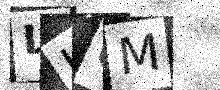
Text: LL6M